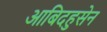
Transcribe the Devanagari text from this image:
आबिदहुसेन